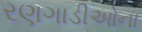
રણગાડીઓના